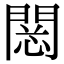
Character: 𨴮